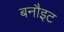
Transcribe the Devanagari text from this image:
बनौइट